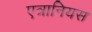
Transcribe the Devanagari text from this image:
एत्रानियस